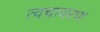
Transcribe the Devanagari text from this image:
त्वचावरण